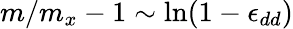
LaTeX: m/m_{x}-1\sim\ln(1-\epsilon_{dd})